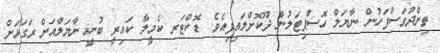
ތިންދުވަސްފަހުން ނާޔަލް ހޮސްޕިޓަލުން ދޫކޮށްލައިފިއެވެ. ޑޮކްޓަރ ކެމީލާ ކައިރީ ބުނީ ނާޔަލްއަށް ރަގަޅަށް